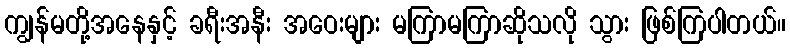
ကျွန်မတို့အနေနှင့် ခရီးအနီး အဝေးများ မကြာမကြာဆိုသလို သွား ဖြစ်ကြပါတယ်။